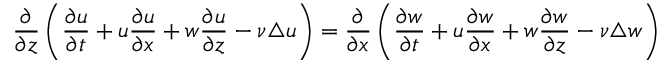
\frac { \partial } { \partial z } \left( \frac { \partial u } { \partial t } + u \frac { \partial u } { \partial x } + w \frac { \partial u } { \partial z } - \nu \triangle { u } \right) = \frac { \partial } { \partial x } \left( \frac { \partial { w } } { \partial t } + u \frac { \partial w } { \partial x } + w \frac { \partial w } { \partial z } - \nu \triangle { w } \right)